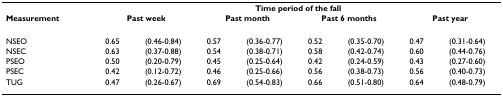
|  | <COLSPAN=8> Time period of the fall |
 | Measurement | <COLSPAN=2> Past week | <COLSPAN=2> Past month | <COLSPAN=2> Past 6 months | <COLSPAN=2> Past year |
 | --- | --- | --- | --- | --- | --- | --- | --- | --- |
 | NSEO | 0.65 | (0.46-0.84) | 0.57 | (0.36-0.77) | 0.52 | (0.35-0.70) | 0.47 | (0.31-0.64) |
 | NSEC | 0.63 | (0.37-0.88) | 0.54 | (0.38-0.71) | 0.58 | (0.42-0.74) | 0.60 | (0.44-0.76) |
 | PSEO | 0.50 | (0.20-0.79) | 0.45 | (0.25-0.64) | 0.42 | (0.24-0.59) | 0.43 | (0.27-0.60) |
 | PSEC | 0.42 | (0.12-0.72) | 0.46 | (0.25-0.66) | 0.56 | (0.38-0.73) | 0.56 | (0.40-0.73) |
 | TUG | 0.47 | (0.26-0.67) | 0.69 | (0.54-0.83) | 0.66 | (0.51-0.80) | 0.64 | (0.48-0.79) |